Scottish Leaving Certificate Examination, 1961
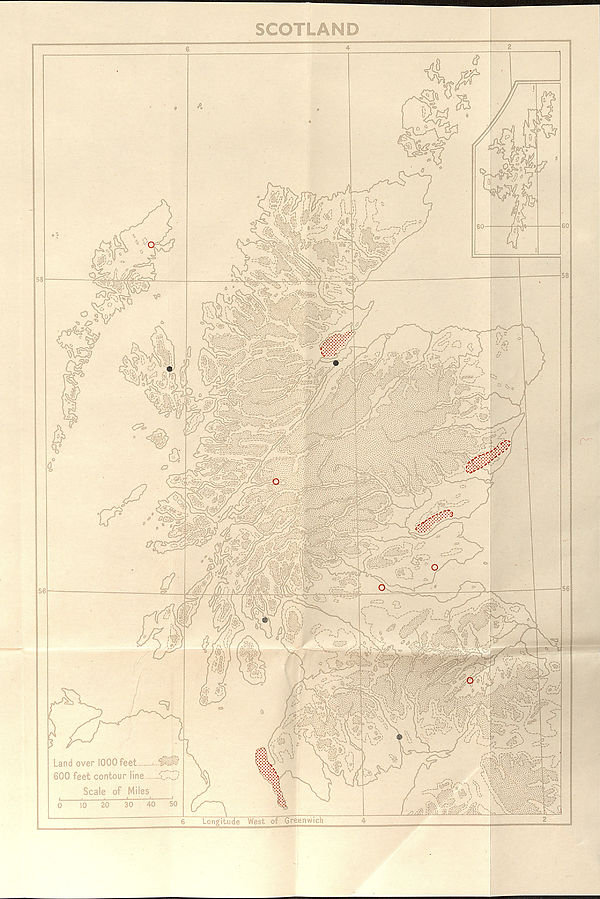
SCOTLAND
53
<?
I*'
>%: i '
■ ®; '
m
- 7X V. " V-
CrQ^V
i^ssALc:^
oV'* 1 1
60-
60
vrf' r.rrrfU-
:4k-.
0
J—
' si
-s^-yfz
m.
Jj' sii'jiiCr’ ,' -'
/
• ■ *®£ \
XTP'
r- -
r ^-7
psaiv;;
V'-- .
..r.-.-y
jCOZm-
I'-s, ,i>
I t v 1 1
52-©'
$!$>&$&
58
frw
•• ••: • -ffl:y
»XsS
/!
a
<P
7?
.JX'T/Qk.lZ;
V
v0/i8fyMi
'Sw.c-i
mm
Z&yt
56-
wmyf-'Y't
—j56
$<dM
■'^'■••- 5xs
i
° s
'“ A#''.'! i''SfAii')
mm
(k
A
Land over 1000 feet i-
600 feet contour line ....i.«'.J
Scale of Miles
''.1-;#^ f-f---.
S/Vv^-a ',—L—-v
10 20
30 40 50
a
6
Longitude West of Green